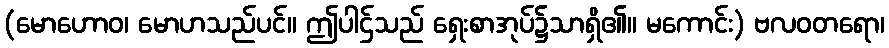
(မောဟောဝ၊ မောဟသည်ပင်။ ဤပါဌ်သည် ရှေးစာအုပ်၌သာရှိ၏။ မကောင်း) ဗလဝတရော၊